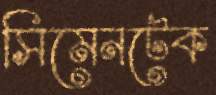
সিমেনটেক